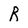
Character: R